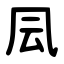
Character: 凨